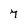
Character: 7